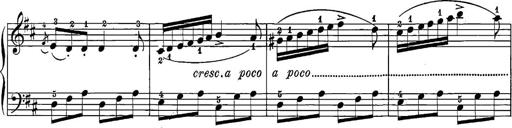
Title: 12 Sonatine per Pianoforte
Composer: Friedrich Kuhlau